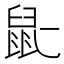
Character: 𫜢